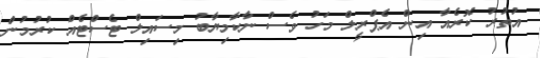
އުތުރު ކޮރެއާ އިން އެޕްރީލް މަހު ވެސް ނާކާމިޔާބު މިސައިލް ޓެސްޓެއް ކުރުމުން